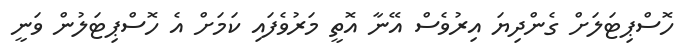
ހޮސްޕިޓަލަށް ގެންދިޔަ އިރުވެސް އޭނާ އޮތީ މަރުވެފައި ކަމަށް އެ ހޮސްޕިޓަލުން ވަނީ